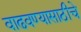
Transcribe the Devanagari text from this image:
वाढवण्यासाठीचे